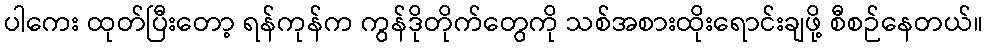
ပါကေး ထုတ်ပြီးတော့ ရန်ကုန်က ကွန်ဒိုတိုက်တွေကို သစ်အစားထိုးရောင်းချဖို့ စီစဉ်နေတယ်။